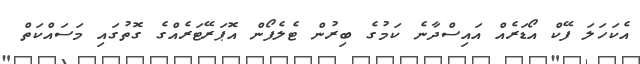
އެކަހަލަ ފޭކް އޯޑަރެއް އައިސްދާނެ ކަމުގެ ބިރުން ޓެލެފޯން އޮޕަރޭޓަރެއްގެ ގޮތުގައި މަސައްކަތް